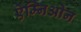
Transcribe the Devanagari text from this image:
ऐम्निओन